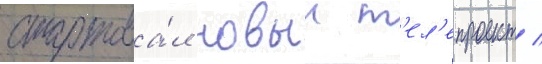
стартова́л новыи т'ел'епроект /